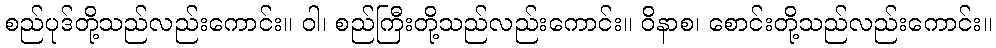
စည်ပုဒ်တို့သည်လည်းကောင်း။ ဝါ၊ စည်ကြီးတို့သည်လည်းကောင်း။ ဝိနာစ၊ စောင်းတို့သည်လည်းကောင်း။